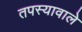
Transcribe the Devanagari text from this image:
तपस्यावाले